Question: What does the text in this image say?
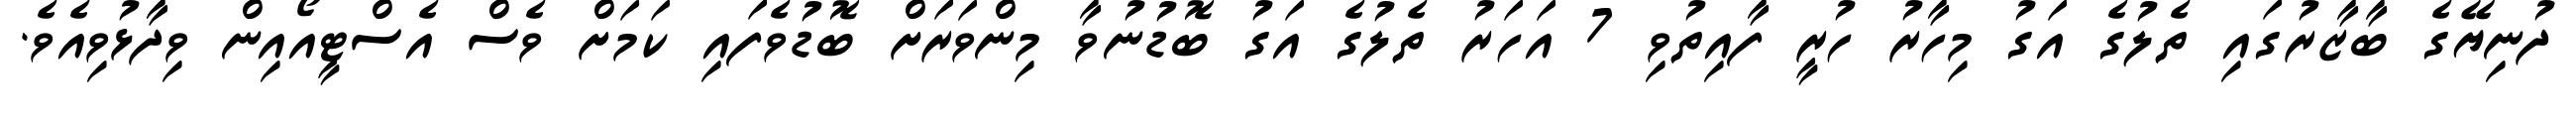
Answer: ދުނިޔޭގެ ބާޒާރުގައި ތެލުގެ އަގު މިހާރު ހުރީ ފާއިތުވި 7 އަހަރު ތެލުގެ އަގު ބޮޑުނުވާ މިންވަރަށް ބޮޑުވެފައި ކަމަށް ވެސް އެސްޓީއޯއިން ވިދާޅުވިއެވެ.